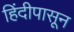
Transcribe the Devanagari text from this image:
हिंदीपासून